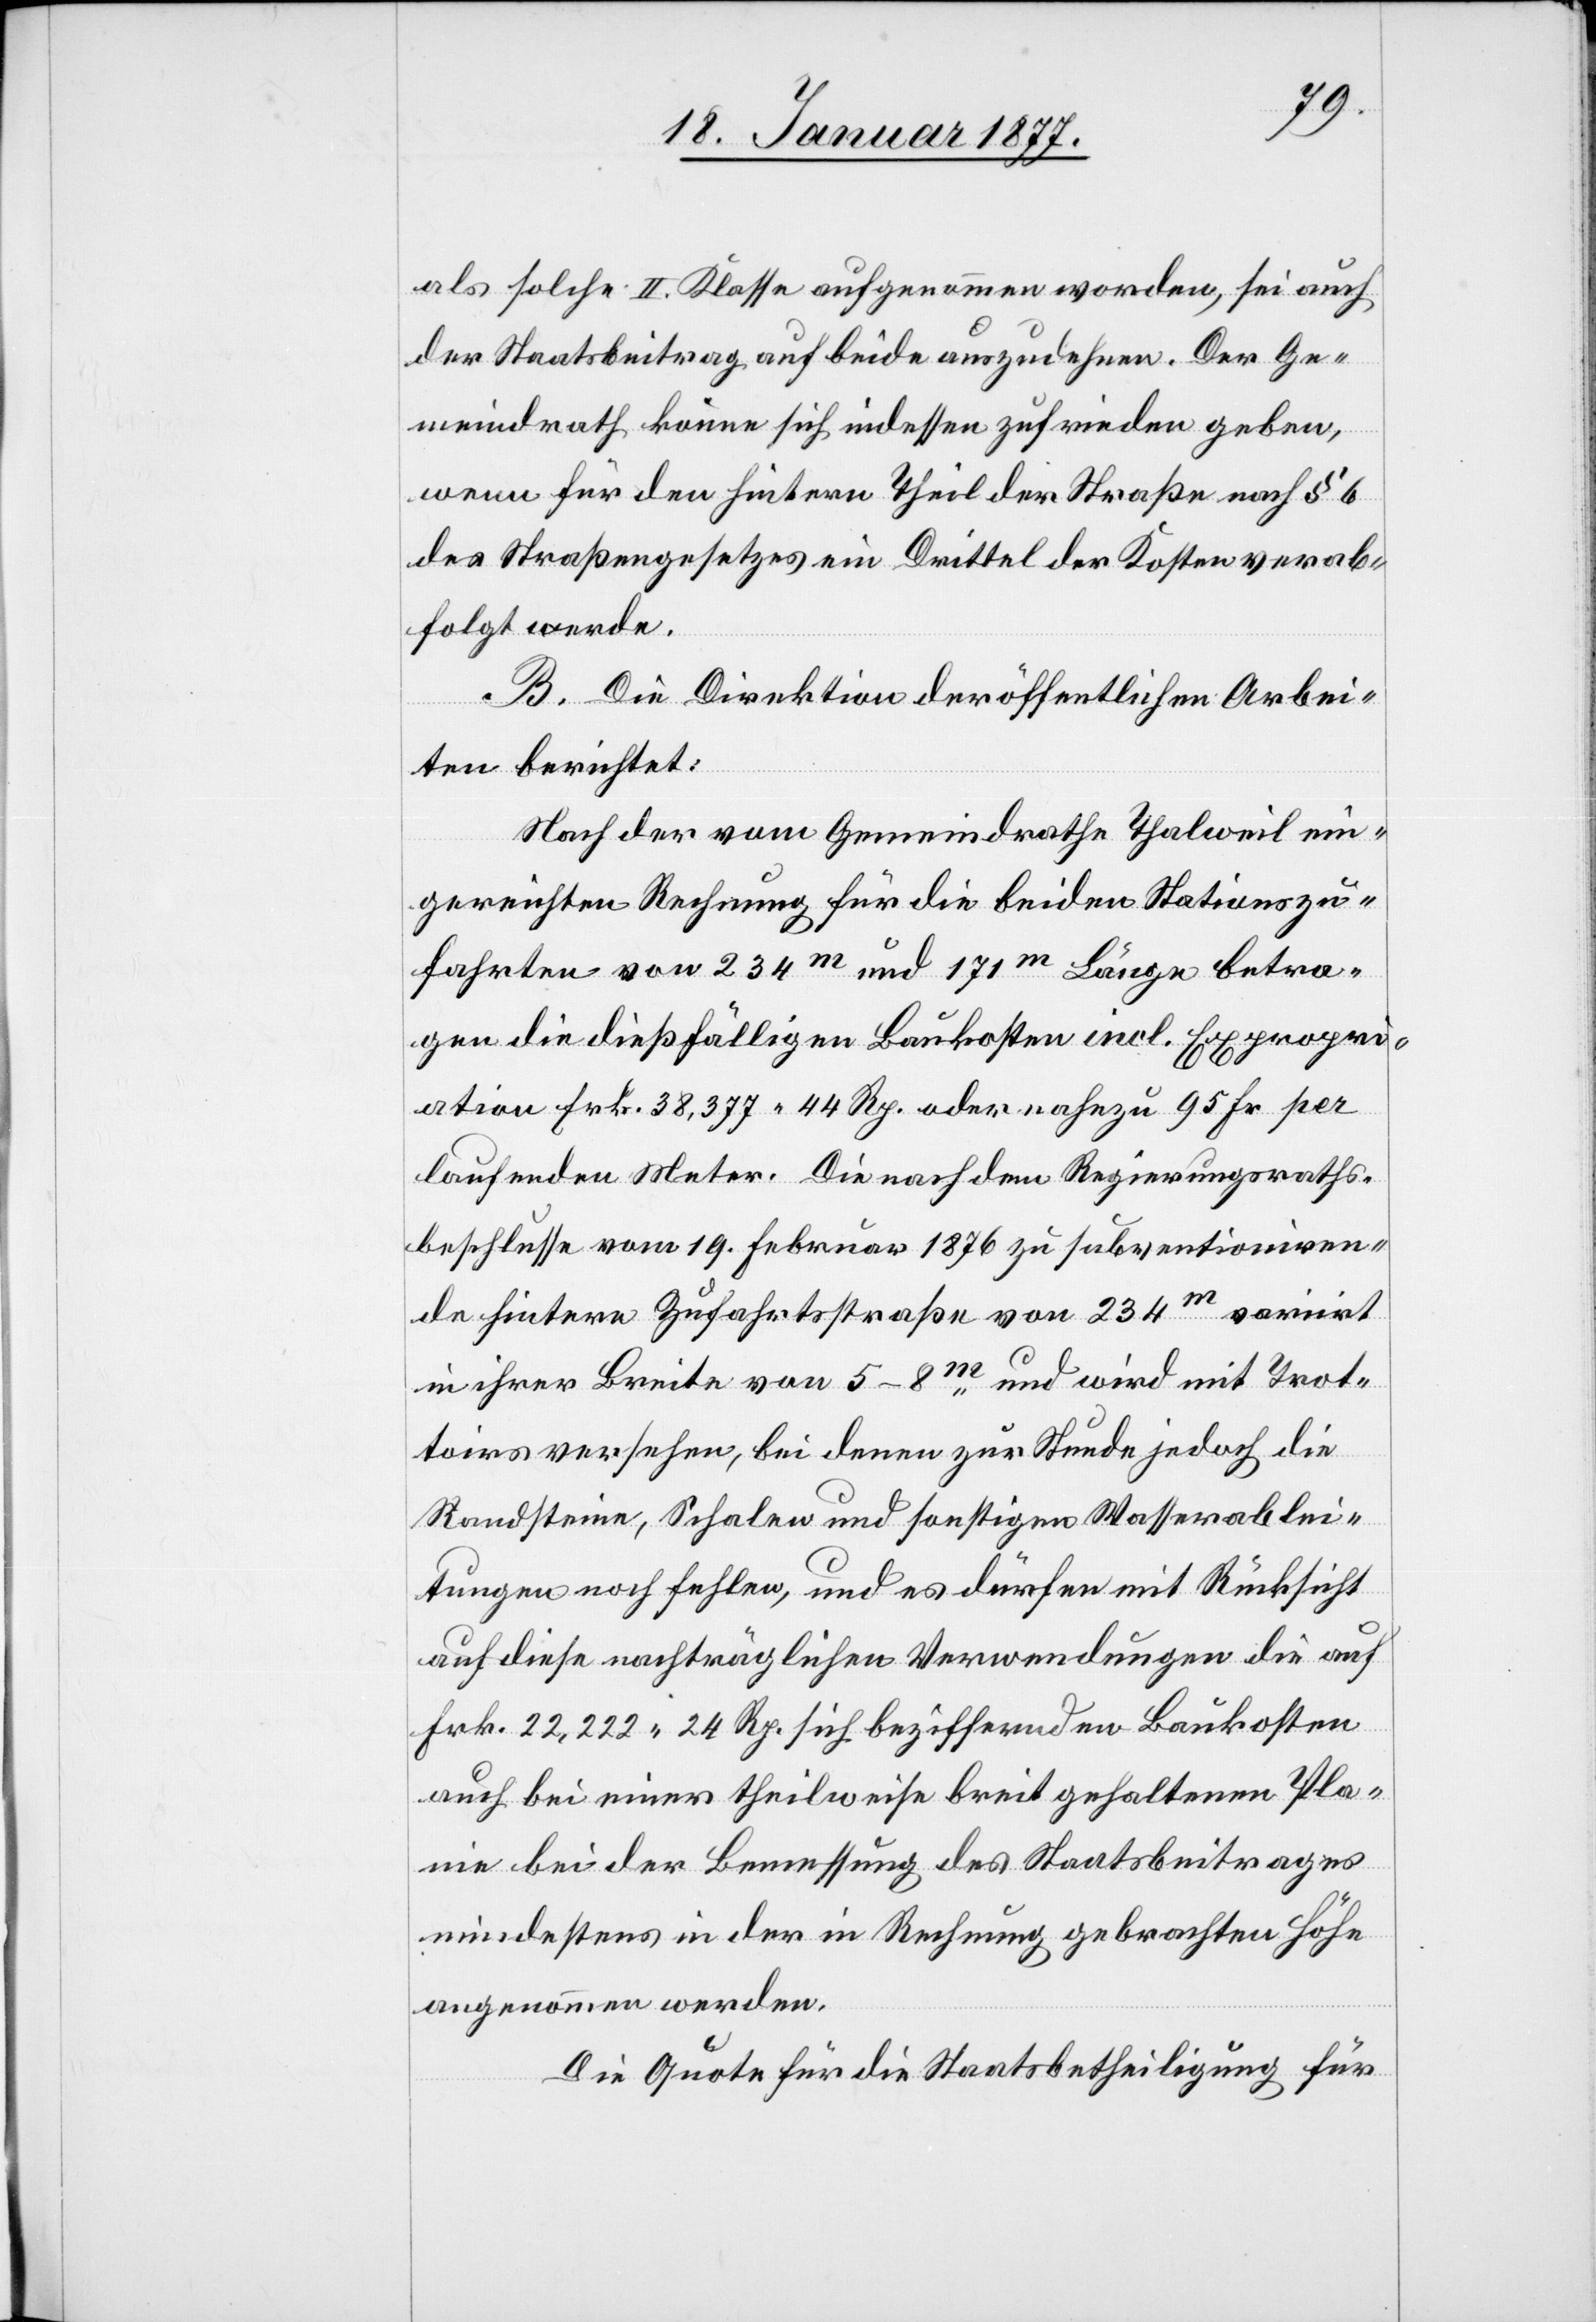
als solche II. Klasse aufgenommen worden, sei auch
der Staatsbeitrag auf beide auszudehnen. Der Ge¬
meindrath könne sich indessen zufrieden geben,
wenn für den hintern Theil der Straße nach § 6
des Straßengesetzes ein Drittel der Kosten verab¬
folgt werde.
B. Die Direktion der öffentlichen Arbei¬
ten berichtet:
Nach der vom Gemeindrathe Thalweil ein¬
gereichten Rechnung für die beiden Stationszu¬
fahrten von 234m und 171m Länge betra¬
gen die dießfälligen Baukosten incl. Expropri¬
ation Frk. 38,377 44 Rp. oder nahezu 95 Fr. per
laufenden Meter. Die nach dem Regierungsraths¬
beschlusse vom 19. Februar 1876 zu subventioniren¬
de hintere Zufahrtsstraße von 234m variirt
in ihrer Breite von 5–8m und wird mit Trot¬
toirs versehen, bei denen zur Stunde jedoch die
Randsteine, Schalen und sonstigen Wasserablei¬
tungen noch fehlen, und es dürfen mit Rücksicht
auf diese nachträglichen Verwendungen die auf
Frk. 22,222 24 Rp. sich beziffernden Baukosten
auch bei einer theilweise breit gehaltenen Pla¬
nie bei der Bemessung des Staatsbeitrages
mindestens in der in Rechnung gebrachten Höhe
angenommen werden.
Die Quote für die Staatsbetheiligung für